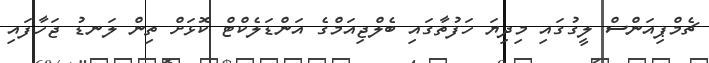
ޗެމްޕިއަންސް ލީގުގައި މިދިޔަ ހަފުތާގައި ބެލްޖިއަމްގެ އަންޑަލެކްޓް ކޮޅަށް ތިން ލަނޑު ޖަހާފައި